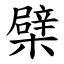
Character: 檗